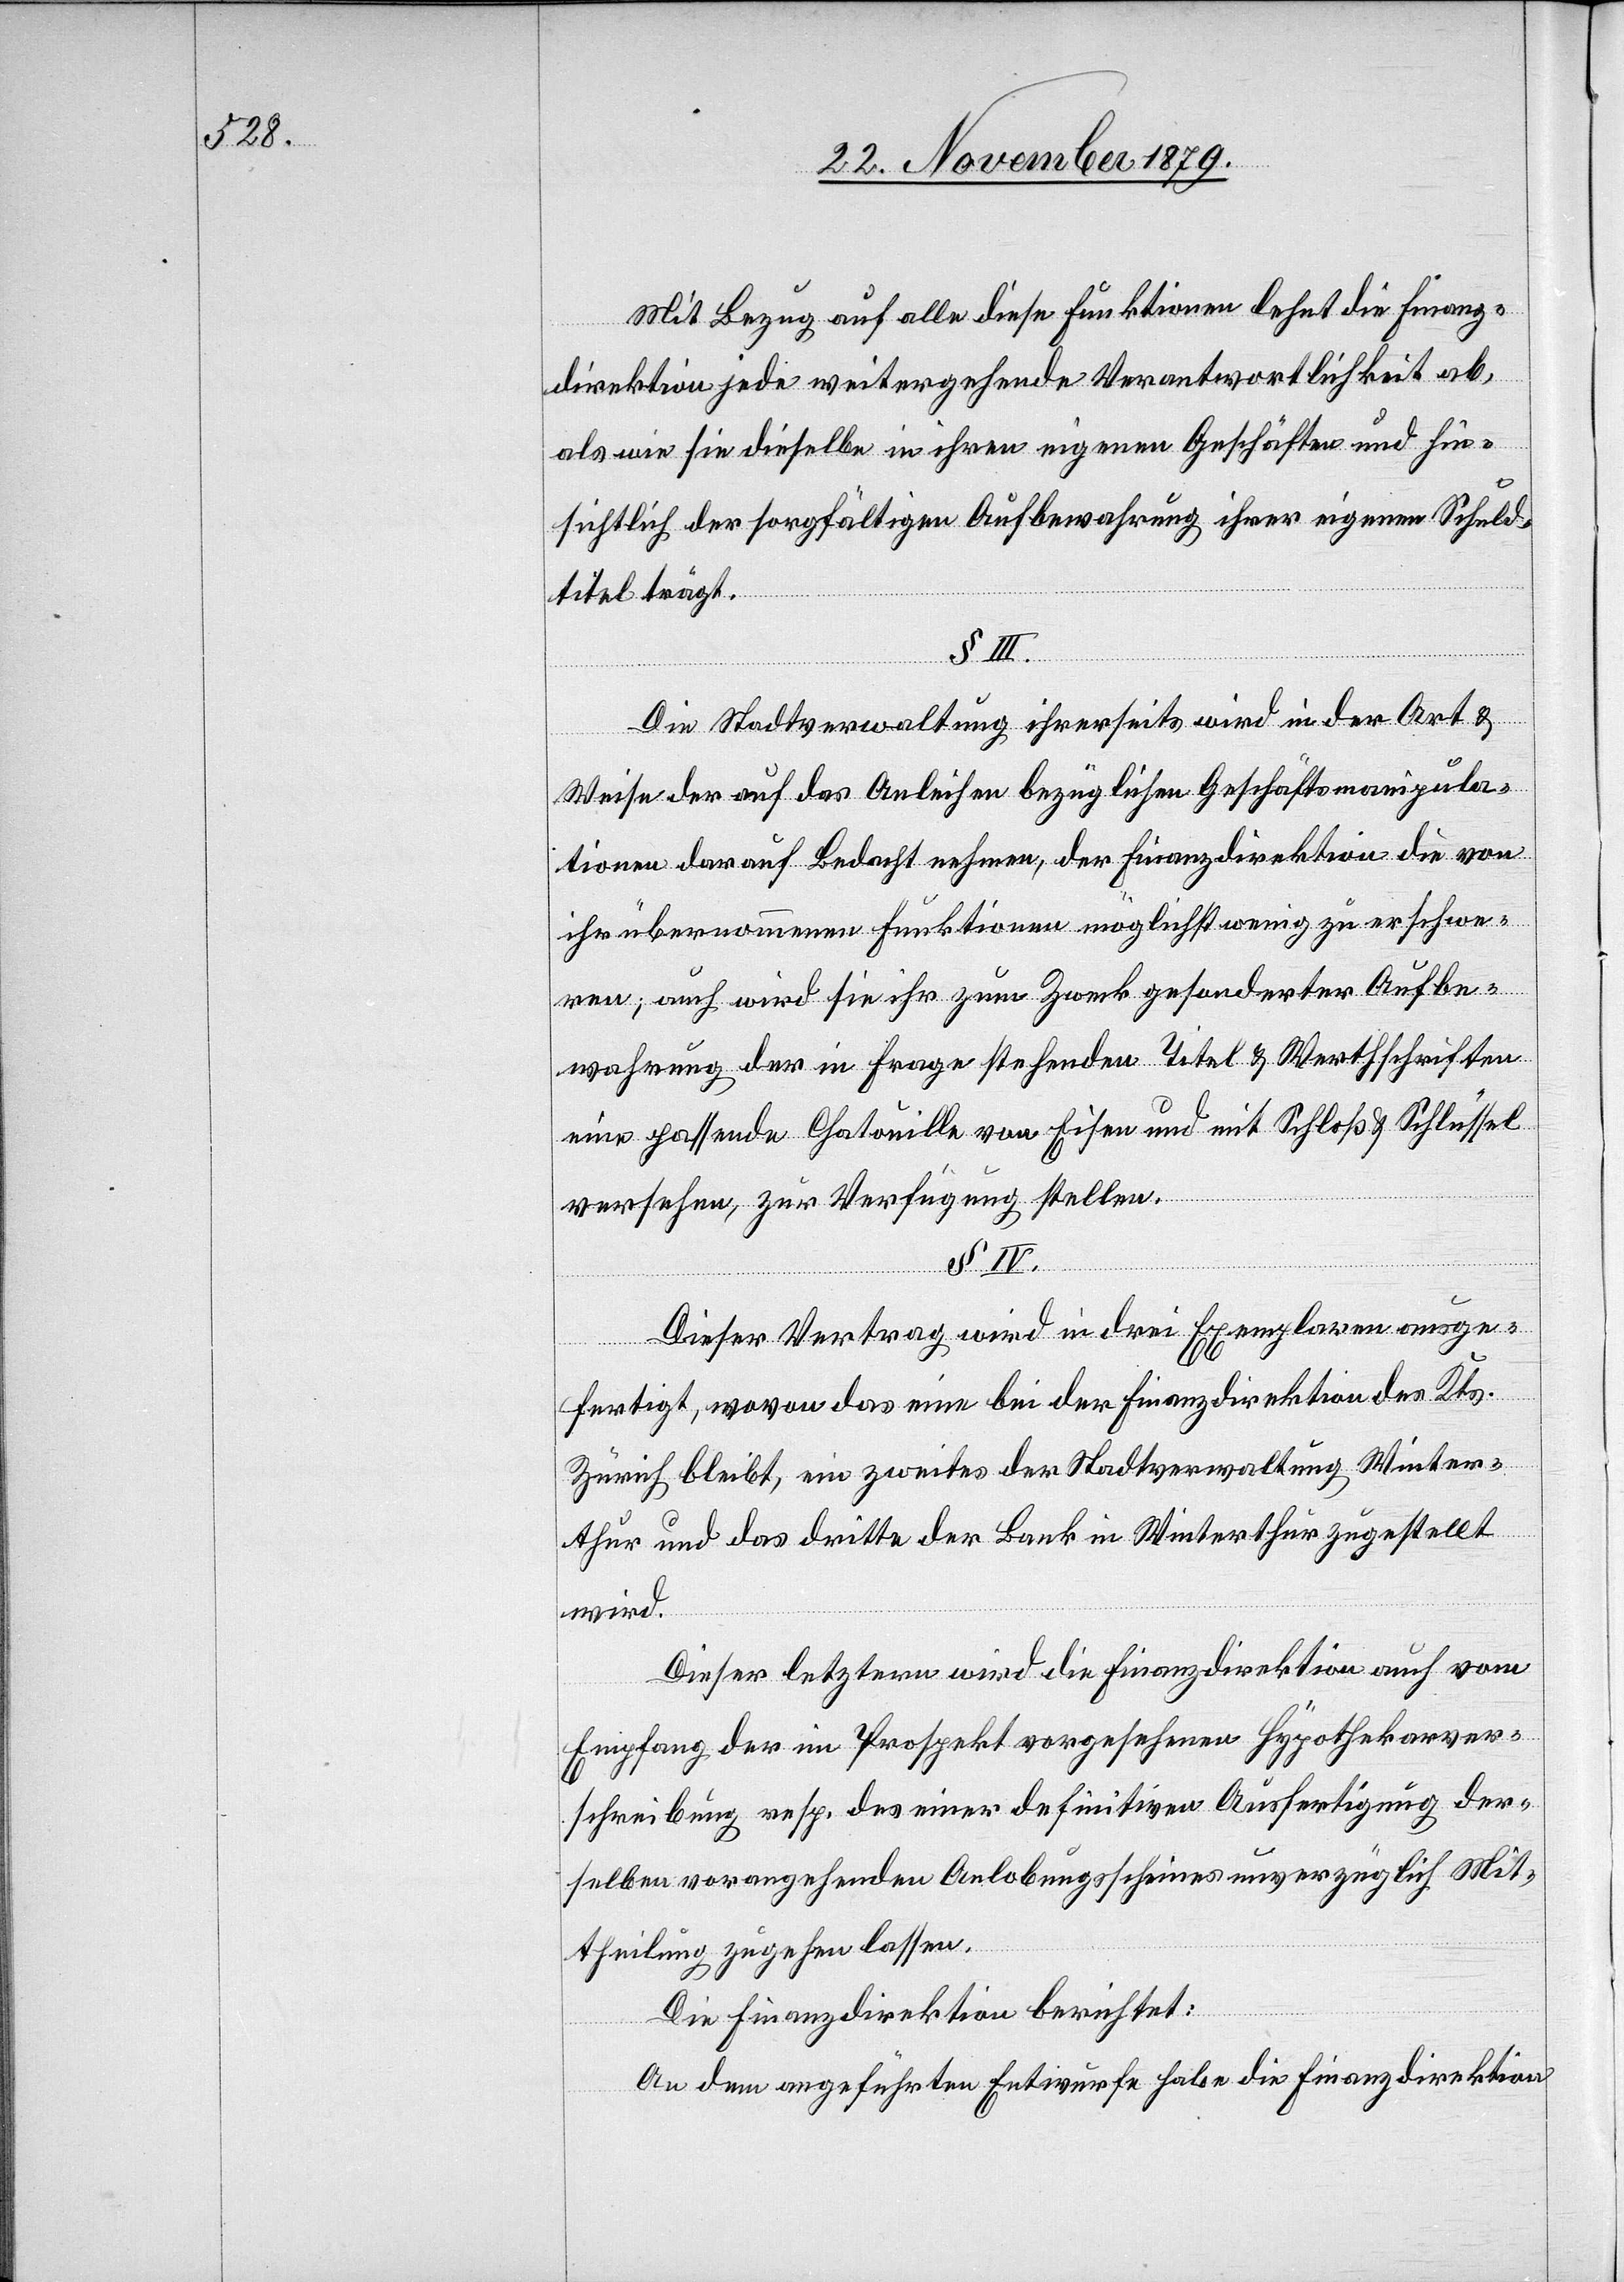
Mit Bezug auf alle diese Funktionen lehnt die Finanz¬
direktion jede weitergehende Verantwortlichkeit ab,
als wie sie dieselbe in ihre eigenen Geschäften und hin¬
sichtlich der sorgfältigen Ausbewahrung ihrer eigenen Schuld¬
titel trägt.
Die Stadtverwaltung ihrerseits wird in der Art &
Weise der auf das Anleihen bezüglichen Geschäftsmanipula¬
tionen darauf Bedacht nehmen, der Finanzdirektion die von
ihr übernommenen Funktionen möglichst wenig zu erschwe¬
ren; auch wird sie ihr zum Zweck gesonderter Aufbe¬
wahrung der in Frage stehenden Titel & Werthschriften
eine passende Chatouille von Eisen und mit Schloß & Schlüssel
versehen, zur Verfügung stellen.
§ IV.
Dieser Vertrag wird in drei Exemplaren ausge¬
fertigt, wovon das eine bei der Finanzdirektion des Kts.
Zürich bleibt, ein zweites der Stadtverwaltung Winter¬
thur und das dritte der Bank in Winterthur zugestellt
wird.
Dieser letztern wird die Finanzdirektion auch vom
Empfang der im Prospekt vorgesehenen Hypothekarver¬
schreibung resp. das einer definitiven Ausfertigung der¬
selben vorangehenden Anlobungsscheines unverzüglich Mit¬
theilung zugehen lassen.
Die Finanzdirektion berichtet:
An dem angeführten Entwurfe habe die Finanzdirektion